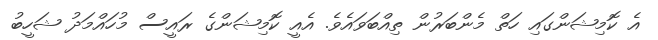
އެ ކޮމިޝަންގައި ހަތް މެންބަރުން ތިއްބަވައެވެ. އެއީ ކޮމިޝަންގެ ރައީސް މުހައްމަދު ޝަހީބު